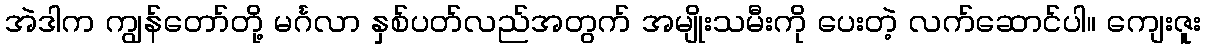
အဲဒါက ကျွန်တော်တို့ မင်္ဂလာ နှစ်ပတ်လည်အတွက် အမျိုးသမီးကို ပေးတဲ့ လက်ဆောင်ပါ။ ကျေးဇူး